Indian Medical Review
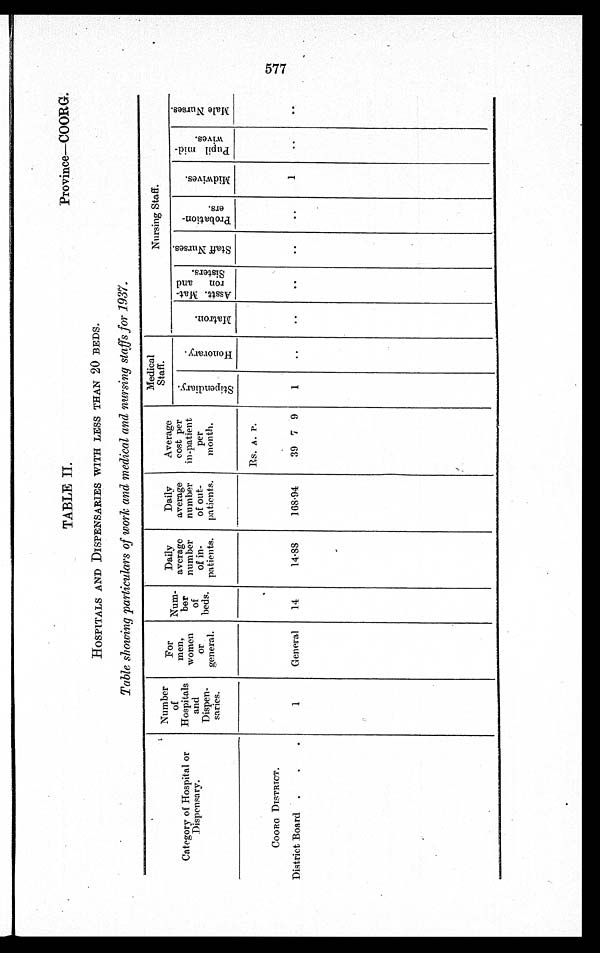
TABLE II.
Province—COORG.
HOSPITALS AND DISPENSARIES WITH LESS THAN 20 BEDS.
Table showing particulars of work and medical and nursing staffs for 1937.
Category of Hospital or
Dispensary.
Number
of
Hospitals
and
Dispen-
saries.
For
men,
women
or
general.
Num-
ber
of
beds.
Daily
average
number
of in-
patients.
Daily
average
number
of out-
patients.
Average
cost per
in-patient
per
month.
Medical
Staff.
Nursing Staff.
S t i p e n d i a r y .
H o n o r a r y .
M a t r o n .
Asstt. Mat-
ron and
Sisters.
S t a f f N u r s e s .
P r o b a t i o n -
e r s .
M i d w i v e s .
P u p i l m i d -
w i v e s .
M a l e N u r s e s .
Rs. A. P.
COORG DISTRICT.
District Board
1
General
14
14.88
168.94
39 7 9
1
1
577